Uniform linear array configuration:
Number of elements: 48
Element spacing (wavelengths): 1
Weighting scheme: blackman
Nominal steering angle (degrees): -30
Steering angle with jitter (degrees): -28.19
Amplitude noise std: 0.05
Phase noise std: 0.05

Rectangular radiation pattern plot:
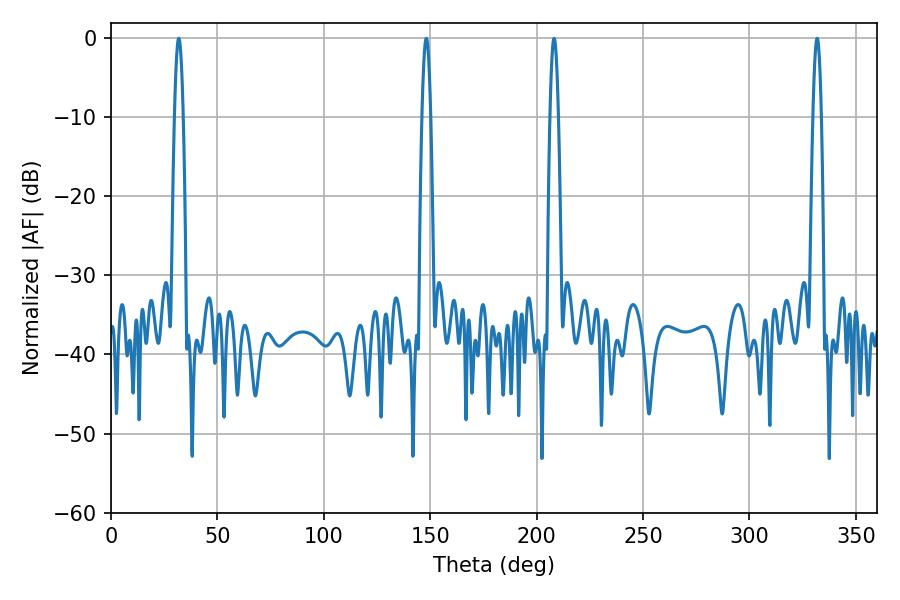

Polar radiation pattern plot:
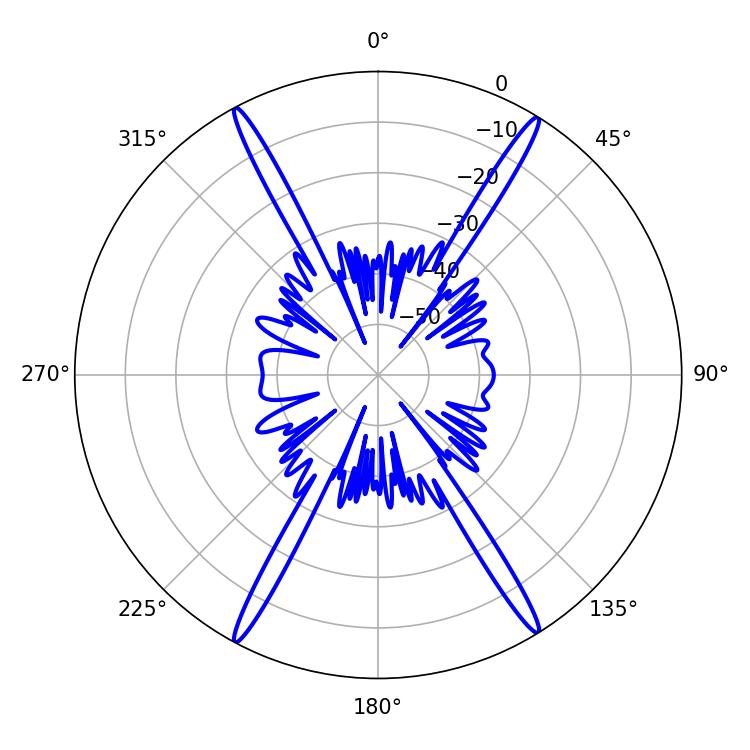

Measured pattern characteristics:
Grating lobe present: TRUE
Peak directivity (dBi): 25.124
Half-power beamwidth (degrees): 2.16
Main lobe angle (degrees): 31.86